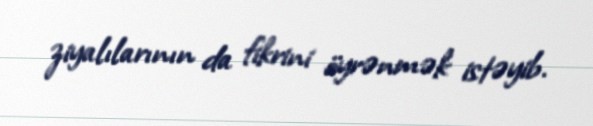
ziyalılarının da fikrini öyrənmək istəyib.